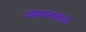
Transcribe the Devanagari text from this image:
आयतकार